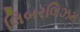
લિબરલિઝમ